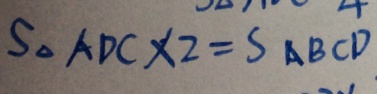
S _ { \Delta A D C } \times 2 = S _ { A B C D }